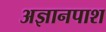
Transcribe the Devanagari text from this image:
अज्ञानपाश